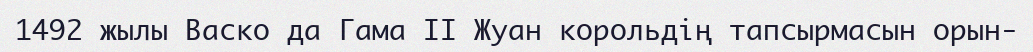
1492 жылы Васко да Гама II Жуан корольдің тапсырмасын орын-